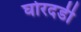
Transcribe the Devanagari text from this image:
घोरदडी